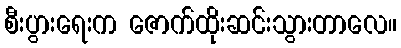
စီးပွားရေးက ဇောက်ထိုးဆင်းသွားတာလေ။